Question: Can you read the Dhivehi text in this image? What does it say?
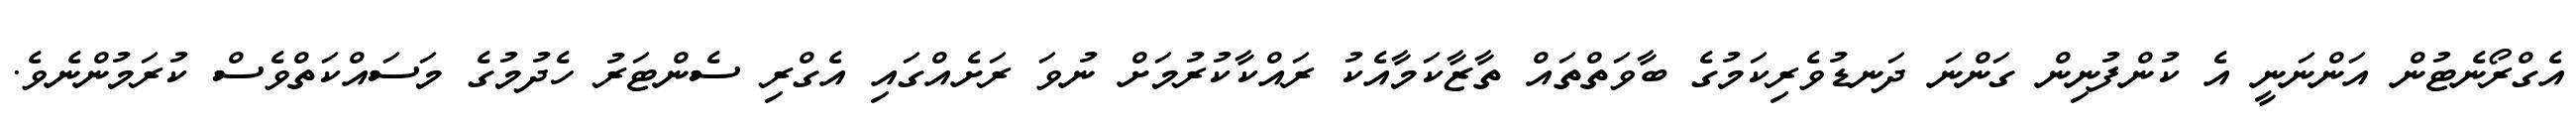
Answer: އެގްރޯނެޓުން އަންނަނީ އެ ކުންފުނިން ގަންނަ ދަނޑުވެރިކަމުގެ ބާވަތްތައް ތާޒާކަމާއެކު ރައްކާކުރުމަށް ނުވަ ރަށެއްގައި އެގްރި ސެންޓަރު ހެދުމުގެ މަސައްކަތްވެސް ކުރަމުންނެވެ.